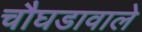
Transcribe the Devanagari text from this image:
चौघडावाले